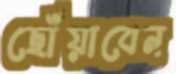
ছোঁয়াবেন